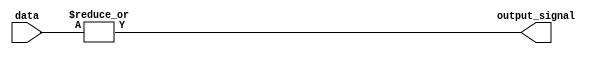
module eight_input_or_gate (
    input [7:0] data,
    output reg output_signal
);

always @* begin
    output_signal = |data;
end

endmodule